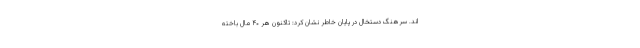
اند. سرهنگ دستخال در پایان خاطر نشان کرد: تاکنون هر ۴۰ مال باخته